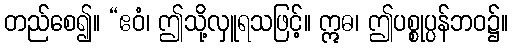
တည်စေ၍။ “ဧဝံ၊ ဤသို့လှူရသဖြင့်။ ဣဓ၊ ဤပစ္စုပ္ပန်ဘဝ၌။